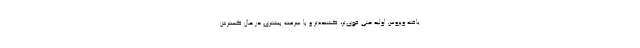
یافته ویروس اولیه حتی قوی‌تر، کشنده‌تر و با سرعت بیشتری در حال گسترش